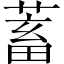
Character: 蓄